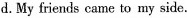
d.My friends came to my side.